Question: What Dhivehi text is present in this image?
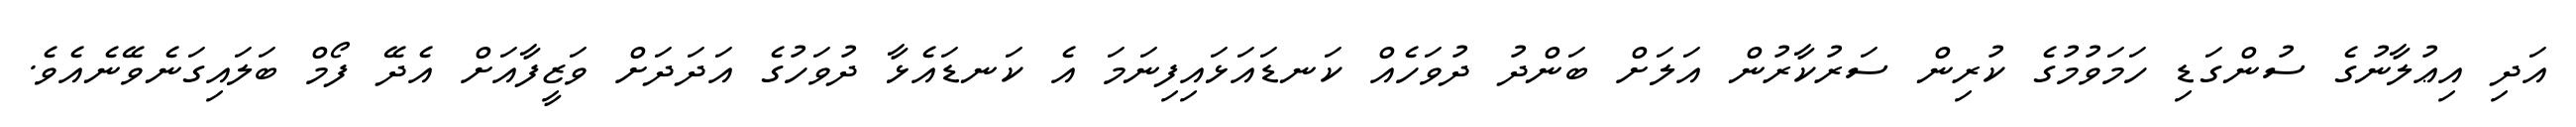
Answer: އަދި އިޢުލާނުގެ ސުންގަޑި ހަމަވުމުގެ ކުރިން ސަރުކާރުން އަލަށް ބަންދު ދުވަހެއް ކަނޑައަޅައިފިނަމަ އެ ކަނޑައެޅާ ދުވަހުގެ އަދަދަށް ވަޒީފާއަށް އެދޭ ފޯމް ބަލައިގަނެވޭނެއެވެ.